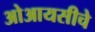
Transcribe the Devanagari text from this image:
ओआयसीचे